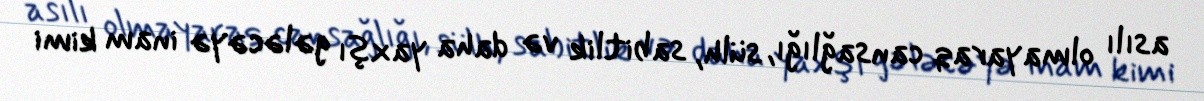
asılı olmayaraq cansağlığı, sülh, sabitlik və daha yaxşı gələcəyə inam kimi